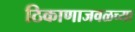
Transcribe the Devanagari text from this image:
ठिकाणाजवळच्या